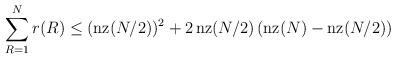
LaTeX: \begin{align*}\sum_{R=1}^N r(R) \le (\operatorname{nz}(N/2))^2 + 2\operatorname{nz}(N/2)\left(\operatorname{nz}(N)-\operatorname{nz}(N/2)\right)\end{align*}